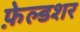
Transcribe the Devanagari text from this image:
फ़ेल्डशर